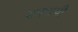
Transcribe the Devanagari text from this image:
शत्रपांची